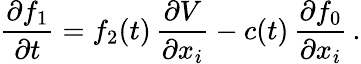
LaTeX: \frac{\partial f_{1}}{\partial t}=f_{2}(t)\, \frac{\partial V}{\partial x_{i}}-c(t)\, \frac{\partial f_{0}}{\partial x_{i}}\, .